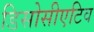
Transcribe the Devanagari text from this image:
डिसोसीएटिव